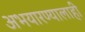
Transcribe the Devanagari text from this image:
अभयारण्यालाही